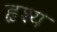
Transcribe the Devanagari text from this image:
हृश्य